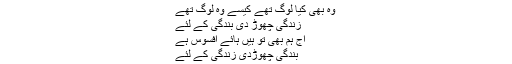
وہ بھی کیا لوگ تھے کیسے وہ لوگ تھے
زندگی چھوڑ دی بندگی کے لئے
آج ہم بھی تو ہیں ہائے افسوس ہے
بندگی چھوڑدی زندگی کے لئے